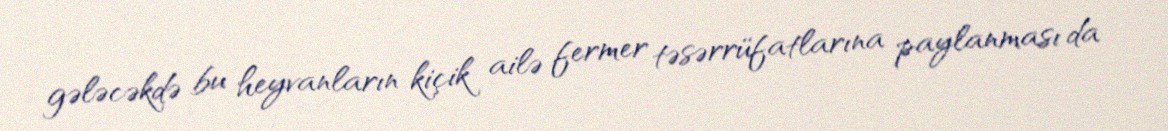
gələcəkdə bu heyvanların kiçik ailə fermer təsərrüfatlarına paylanması da